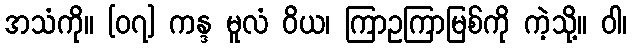
အသံကို။ [၀၇] ကန္ဒ မူလံ ဝိယ၊ ကြာဥကြာမြစ်ကို ကဲ့သို့။ ဝါ၊